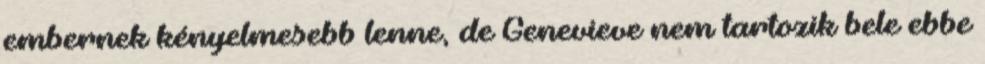
embernek kényelmesebb lenne, de Genevieve nem tartozik bele ebbe